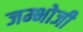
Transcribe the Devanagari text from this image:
जम्भोजी